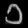
Digit: ၁